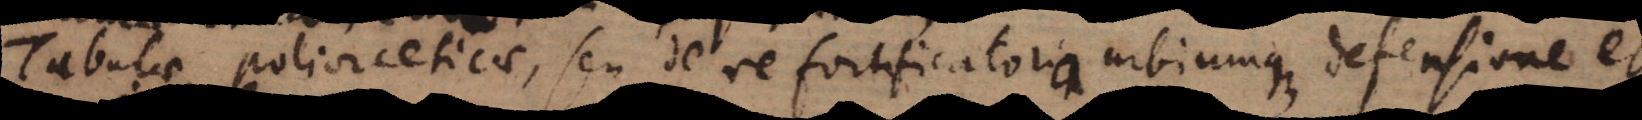
Tabulae poliorceticae, seu de re fortificatoria urbiumque defensione et